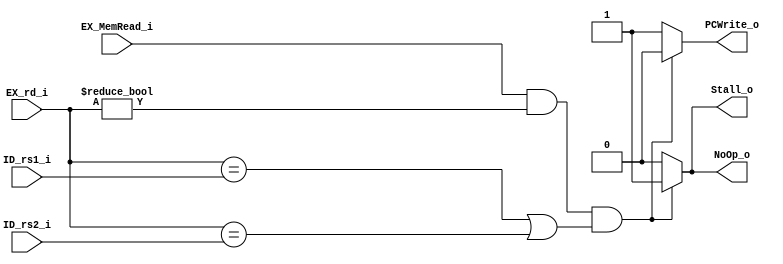
module Hazard_Detection_Unit (
    ID_rs1_i,
    ID_rs2_i,
    EX_MemRead_i,
    EX_rd_i,
    PCWrite_o,
    Stall_o,
    NoOp_o
);

// port
input   wire[4:0]   ID_rs1_i;
input   wire[4:0]   ID_rs2_i;
input   wire        EX_MemRead_i;
input   wire[4:0]   EX_rd_i;
output  reg         PCWrite_o;
output  reg         Stall_o;
output  reg         NoOp_o;

always @(*) begin
    if (EX_MemRead_i == 1'b1 && EX_rd_i != 5'b0 && (EX_rd_i == ID_rs1_i || EX_rd_i == ID_rs2_i)) begin
        PCWrite_o <= 1'b0;
        Stall_o <= 1'b1;
        NoOp_o <= 1'b1;
        
    end
    else begin
        PCWrite_o <= 1'b1;
        Stall_o <= 1'b0;
        NoOp_o <= 1'b0;
    end
end
    
endmodule